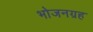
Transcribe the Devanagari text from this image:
भोजनग्रह